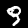
Label: 9